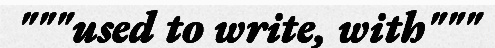
"""used to write, with"""